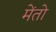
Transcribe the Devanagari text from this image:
मेंतो